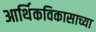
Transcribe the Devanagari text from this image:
आर्थिकविकासाच्या